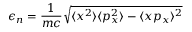
\epsilon _ { n } = \frac { 1 } { m c } \sqrt { \langle x ^ { 2 } \rangle \langle p _ { x } ^ { 2 } \rangle - \langle x p _ { x } \rangle ^ { 2 } }